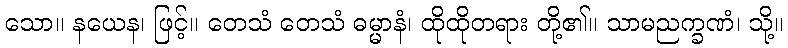
သော။ နယေန၊ ဖြင့်။ တေသံ တေသံ ဓမ္မာနံ၊ ထိုထိုတရား တို့၏။ သာမညက္ခဏံ၊ သို့။